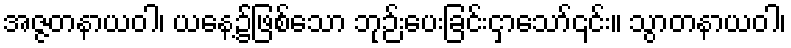
အဇ္ဇတနာယဝါ၊ ယနေ့၌ဖြစ်သော ဘုဉ်းပေးခြင်းငှာသော်၎င်း။ သွာတနာယဝါ၊